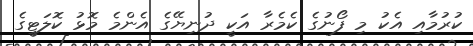
ކުރުމާއި އެކު މި ފޯނުގެ ކެމެރާ އަކީ ދުނިޔޭގެ އެންމެ މޮޅު ކޮލަޓީގެ